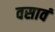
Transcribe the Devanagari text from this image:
वसावं